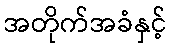
အတိုက်အခံနှင့်